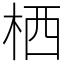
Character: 栖